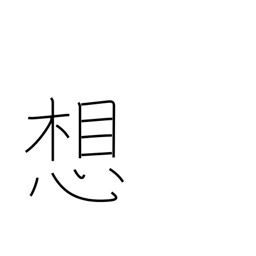
Meaning: thought